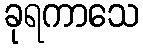
ခုရကာသေ